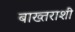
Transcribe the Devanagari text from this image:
बाख्तराशी